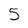
Character: 5